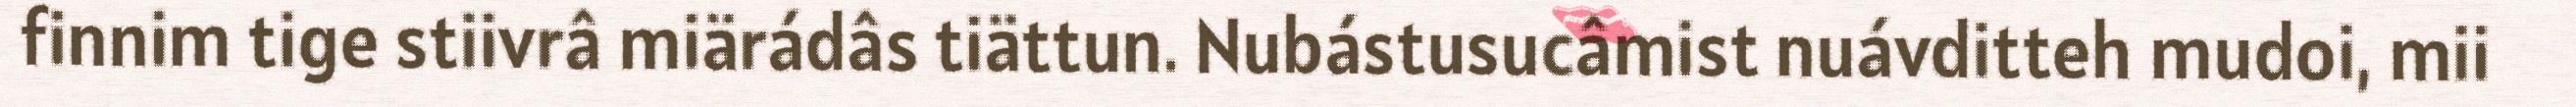
finnim tige stiivrâ miärádâs tiättun. Nubástusucâmist nuávditteh mudoi, mii